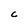
Character: C